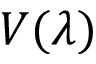
V ( \lambda )